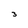
Character: 3